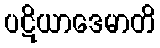
ပဋိယာဒေမာတိ